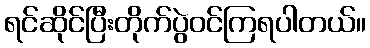
ရင်ဆိုင်ပြီးတိုက်ပွဲဝင်ကြရပါတယ်။